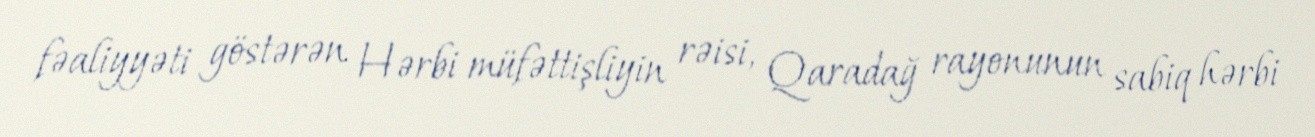
fəaliyyəti göstərən Hərbi müfəttişliyin rəisi, Qaradağ rayonunun sabiq hərbi